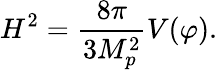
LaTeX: H^{2}=\frac{8\pi}{3M_{p}^{2}}V(\varphi).